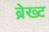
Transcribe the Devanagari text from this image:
ब्रेख्ट